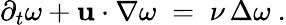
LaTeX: \partial_{t}\omega+\mathbf{u}\cdot\nabla\omega\; =\; \nu\, \Delta\omega\ .